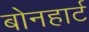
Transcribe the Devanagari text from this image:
बोनहार्ट